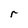
Character: r